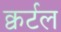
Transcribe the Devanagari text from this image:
क्वर्टल